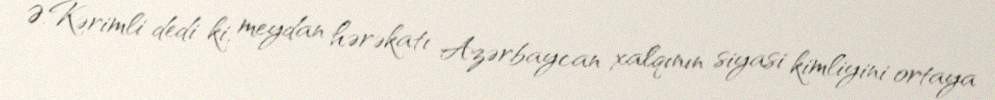
Ə.Kərimli dedi ki, meydan hərəkatı Azərbaycan xalqının siyasi kimliyini ortaya